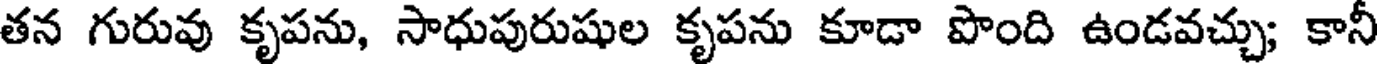
తన గురువు కృపను, సాధుపురుషుల కృపను కూడా పొంది ఉండవచ్చు; కానీ